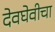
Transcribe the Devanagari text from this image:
देवघेवीचा